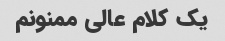
یک کلام عالی ممنونم